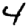
Digit: 4